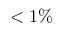
< 1 \%